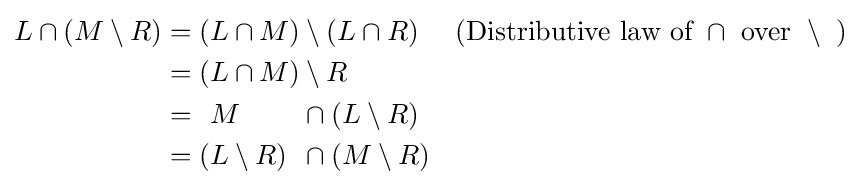
{\begin{alignedat}{4}L\cap (M\setminus R)&=(&&L\cap M)&&\setminus (L\cap R)~~~{\text{ (Distributive law of }}\cap {\text{ over }}\setminus {\text{ )}}\\&=(&&L\cap M)&&\setminus R\\&=&&M&&\cap (L\setminus R)\\&=(&&L\setminus R)&&\cap (M\setminus R)\\\end{alignedat}}